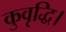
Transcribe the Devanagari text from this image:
कुवृद्धि।